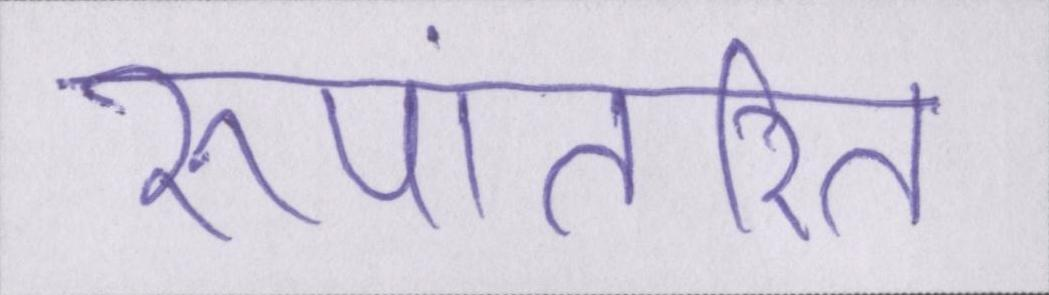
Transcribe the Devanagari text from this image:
रूपांतरित